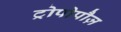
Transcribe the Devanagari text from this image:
ट्रोपोपौज़